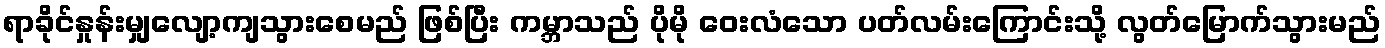
ရာခိုင်နှုန်းမျှလျော့ကျသွားစေမည် ဖြစ်ပြီး ကမ္ဘာသည် ပိုမို ဝေးလံသော ပတ်လမ်းကြောင်းသို့ လွတ်မြောက်သွားမည်